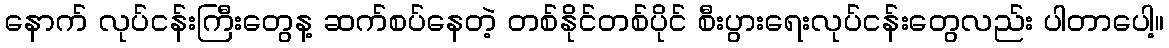
နောက် လုပ်ငန်းကြီးတွေန့ ဆက်စပ်နေတဲ့ တစ်နိုင်တစ်ပိုင် စီးပွားရေးလုပ်ငန်းတွေလည်း ပါတာပေါ့။